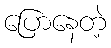
ပြောနေတဲ့